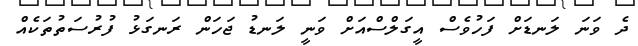
ދެ ވަނަ ލަނޑަށް ފަހުވެސް އީގަލްސްއަށް ވަނީ ލަނޑު ޖަހަން ރަަނގަޅު ފުރުސަތުތަކެއް